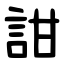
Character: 詌